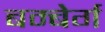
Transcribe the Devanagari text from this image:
बम्बेर्ग